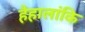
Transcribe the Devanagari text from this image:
हैहालांकि